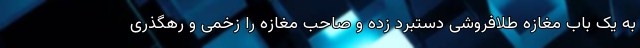
به یک باب مغازه طلافروشی دستبرد زده و صاحب مغازه را زخمی و رهگذری